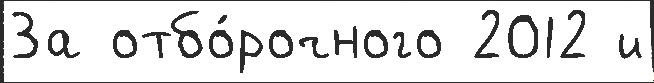
За отбо́рочного 2012 и